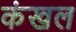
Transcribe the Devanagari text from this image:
कंखल